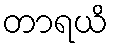
တာရယိ